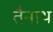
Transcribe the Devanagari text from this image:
तैनाथ